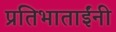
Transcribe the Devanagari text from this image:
प्रतिभाताईंनी